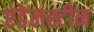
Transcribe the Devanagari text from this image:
एडेलस्टीन